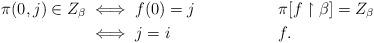
LaTeX: \begin{align*}\pi(0,j)\in Z_\beta &\iff f(0)=j && \pi[f\restriction\beta] = Z_\beta \\ &\iff j=i && f.\end{align*}